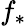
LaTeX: f_{\ast}